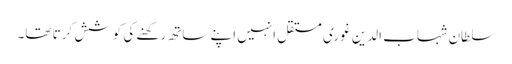
سلطان شہاب الدین غوری مستقل انہیں اپنے ساتھ رکھنے کی کوشش کرتا تھا۔